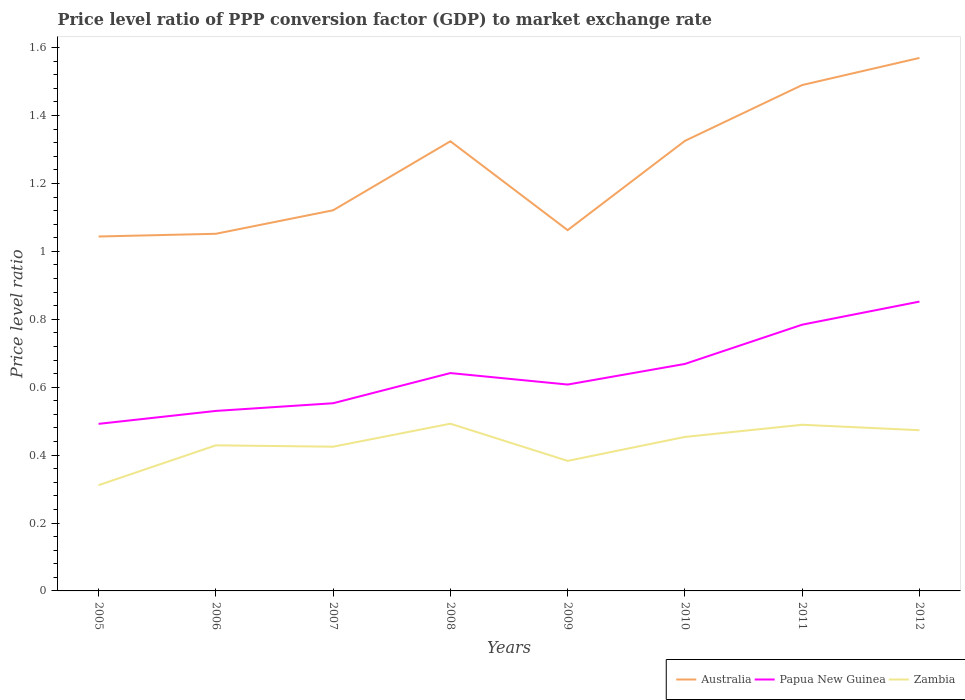
| Years | Australia | Papua New Guinea | Zambia |
 | --- | --- | --- | --- |
 | 2005 | 1.04 | 0.492 | 0.311 |
 | 2006 | 1.05 | 0.53 | 0.429 |
 | 2007 | 1.12 | 0.553 | 0.425 |
 | 2008 | 1.32 | 0.642 | 0.492 |
 | 2009 | 1.06 | 0.608 | 0.383 |
 | 2010 | 1.33 | 0.668 | 0.453 |
 | 2011 | 1.49 | 0.784 | 0.489 |
 | 2012 | 1.57 | 0.852 | 0.473 |